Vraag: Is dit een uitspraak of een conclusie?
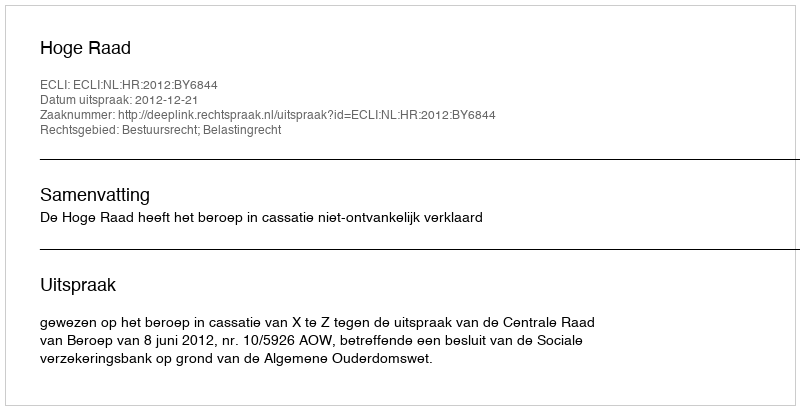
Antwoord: Uitspraak